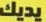
يديك